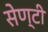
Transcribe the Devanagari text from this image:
सेण्टी